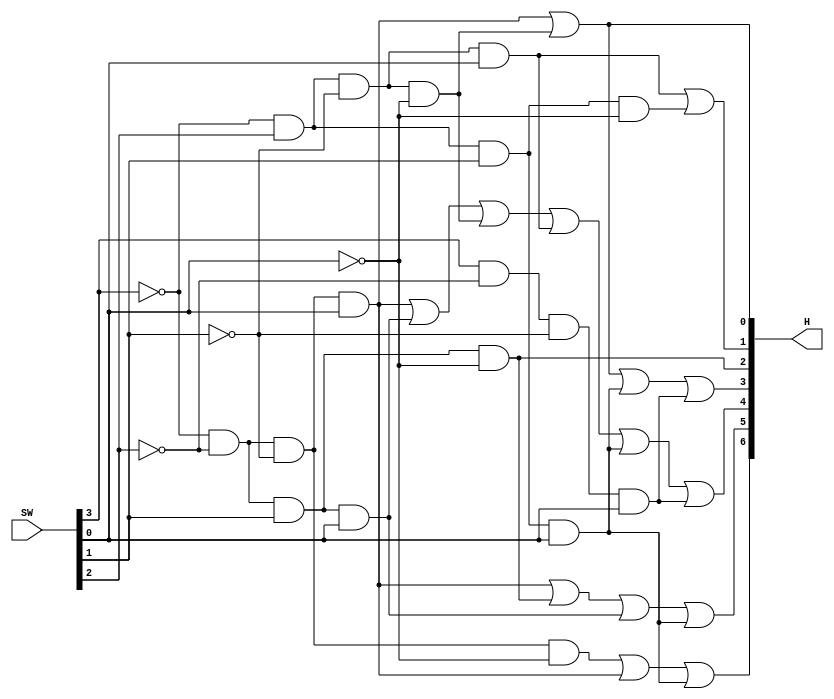
module p1(SW,H);
	input [3:0]SW;
	output [6:0]H;
	assign H[0]=(~SW[3]&~SW[2]&~SW[1]&SW[0])|(~SW[3]&SW[2]&~SW[1]&~SW[0]);
	
	assign H[1]=(~SW[3]&SW[2]&~SW[1]&SW[0])|(~SW[3]&SW[2]&SW[1]&~SW[0]);
	
	assign H[2]=(~SW[3]&~SW[2]&SW[1]&~SW[0]);
	
	assign H[3]=(~SW[3]&~SW[2]&~SW[1]&SW[0])|(~SW[3]&SW[2]&~SW[1]&~SW[0])|(~SW[3]&SW[2]&SW[1]&SW[0])|(SW[3]&~SW[2]&~SW[1]&SW[0]);
	
	assign H[4]=(~SW[3]&~SW[2]&~SW[1]&SW[0])|(~SW[3]&~SW[2]&SW[1]&SW[0])|(~SW[3]&SW[2]&~SW[1]&~SW[0])|(~SW[3]&SW[2]&~SW[1]&SW[0])|(~SW[3]&SW[2]&SW[1]&SW[0])|(SW[3]&~SW[2]&~SW[1]&SW[0]);
	
	assign H[5]=(~SW[3]&~SW[2]&~SW[1]&SW[0])|(~SW[3]&~SW[2]&SW[1]&~SW[0])|(~SW[3]&~SW[2]&SW[1]&SW[0])|(~SW[3]&SW[2]&SW[1]&SW[0]);
	
	assign H[6]=(~SW[3]&~SW[2]&~SW[1]&~SW[0])|(~SW[3]&~SW[2]&~SW[1]&SW[0])|(~SW[3]&SW[2]&SW[1]&SW[0]);
endmodule